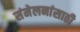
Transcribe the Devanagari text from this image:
संमेलनांसाठी